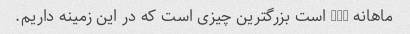
ماهانه 325 است بزرگترین چیزی است که در این زمینه داریم.